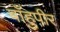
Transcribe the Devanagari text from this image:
बाँहुपीर